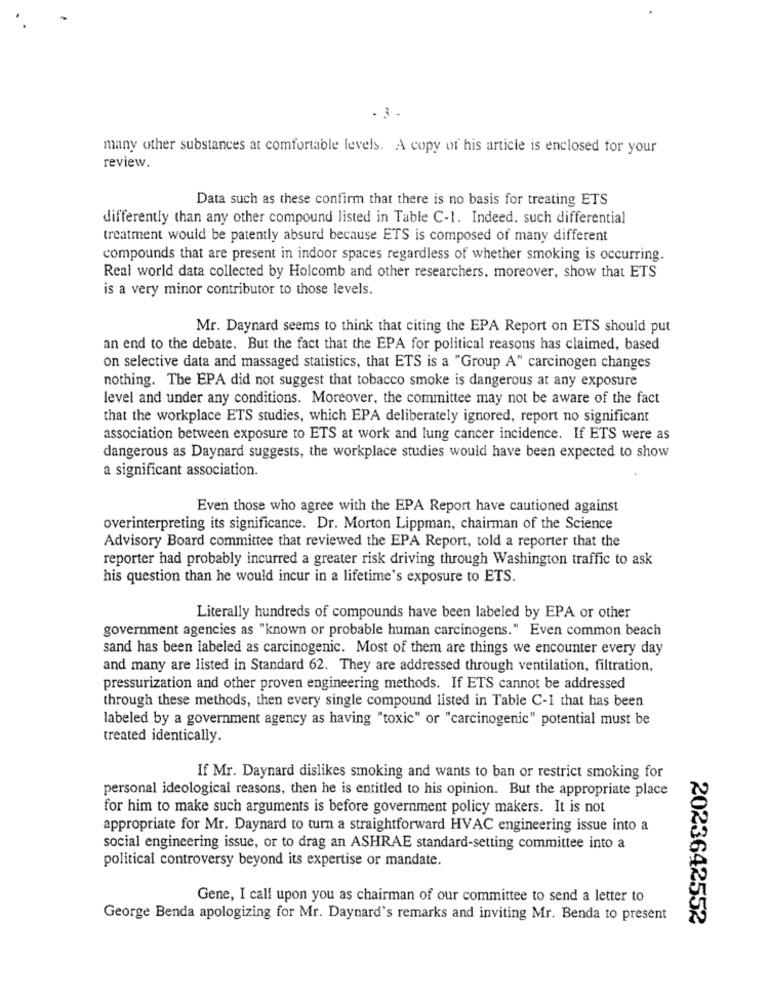
- 3.
many other substances at comfortable levels. A copy of his article is enclosed for your
review.
Data such as these confirm that there is no basis for treating ETS
differently than any other compound listed in Table C-1. Indeed. such differential
treatment would be patently absurd because ETS is composed of many different
compounds that are present in indoor spaces regardless of whether smoking is occurring.
Real world data collected by Holcomb and other researchers, moreover, show that ETS
is a very minor contributor to those levels.
Mr. Daynard seems to think that citing the EPA Report on ETS should put
an end to the debate. But the fact that the EPA for political reasons has claimed, based
on selective data and massaged statistics, that ETS is a "Group A" carcinogen changes
nothing. The EPA did not suggest that tobacco smoke is dangerous at any exposure
level and under any conditions. Moreover, the committee may not be aware of the fact
that the workplace ETS studies, which EPA deliberately ignored, report no significant
association between exposure to ETS at work and lung cancer incidence. If ETS were as
dangerous as Daynard suggests, the workplace studies would have been expected to show
a significant association.
Even those who agree with the EPA Report have cautioned against
overinterpreting its significance. Dr. Morton Lippman, chairman of the Science
Advisory Board committee that reviewed the EPA Report, told a reporter that the
reporter had probably incurred a greater risk driving through Washington traffic to ask
his question than he would incur in a lifetime's exposure to ETS.
Literally hundreds of compounds have been labeled by EPA or other
government agencies as "known or probable human carcinogens." Even common beach
sand has been labeled as carcinogenic. Most of them are things we encounter every day
and many are listed in Standard 62. They are addressed through ventilation, filtration,
pressurization and other proven engineering methods. If ETS cannot be addressed
through these methods, then every single compound listed in Table C-1 that has been
labeled by a government agency as having "toxic" or "carcinogenic" potential must be
treated identically.
If Mr. Daynard dislikes smoking and wants to ban or restrict smoking for
personal ideological reasons, then he is entitled to his opinion. But the appropriate place
for him to make such arguments is before government policy makers. It is not
appropriate for Mr. Daynard to turn a straightforward HVAC engineering issue into a
social engineering issue, or to drag an ASHRAE standard-setting committee into a
political controversy beyond its expertise or mandate.
Gene, I call upon you as chairman of our committee to send a letter to
George Benda apologizing for Mr. Daynard's remarks and inviting Mr. Benda to present
2023642552